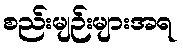
စည်းမျဉ်းများအရ